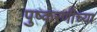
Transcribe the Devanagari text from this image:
पुष्करणीच्या